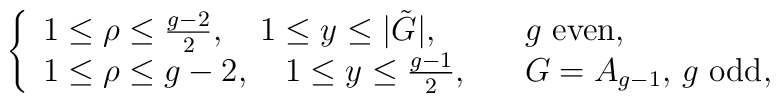
\left\{\begin{array}{ll} 1\leq \rho\leq \frac{g-2}{2},\quad 1\leq y \leq |\tilde{G}|, & \quad\mbox{$g$ even},\\ 1\leq \rho\leq g-2, \quad 1\leq y \leq \frac{g-1}{2}, &\quad\mbox{$G=A_{g-1}$, $g$ odd,}\end{array} \right.